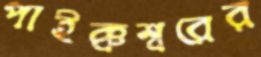
পাইক্কশ্বরের